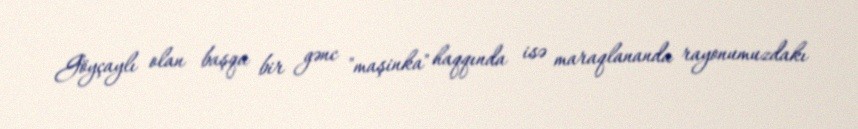
Göyçaylı olan başqa bir gənc "maşinka" haqqında isə maraqlananda rayonumuzdakı